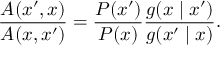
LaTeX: { \frac { A ( x ^ { \prime } , x ) } { A ( x , x ^ { \prime } ) } } = { \frac { P ( x ^ { \prime } ) } { P ( x ) } } { \frac { g ( x \mid x ^ { \prime } ) } { g ( x ^ { \prime } \mid x ) } } .